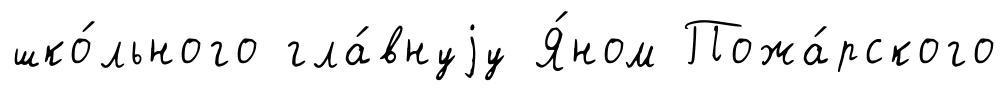
шко́льного гла́внуjу Я́ном Пожа́рского